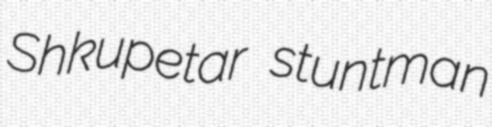
Shkupetar stuntman